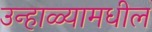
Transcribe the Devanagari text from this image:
उन्हाळ्यामधील